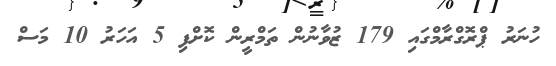
ހުނަރު ޕްރޮގްރާމްގައި 179 ޒުވާނުން ތަމްރީން ކޮށްފި 5 އަހަރު 10 މަސް